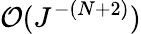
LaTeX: \mathcal{O}(J^{-(N+2)})